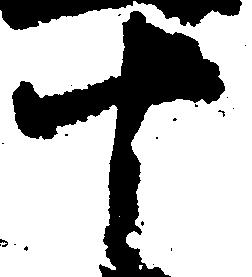
十